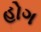
હોગ